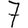
Digit: 7